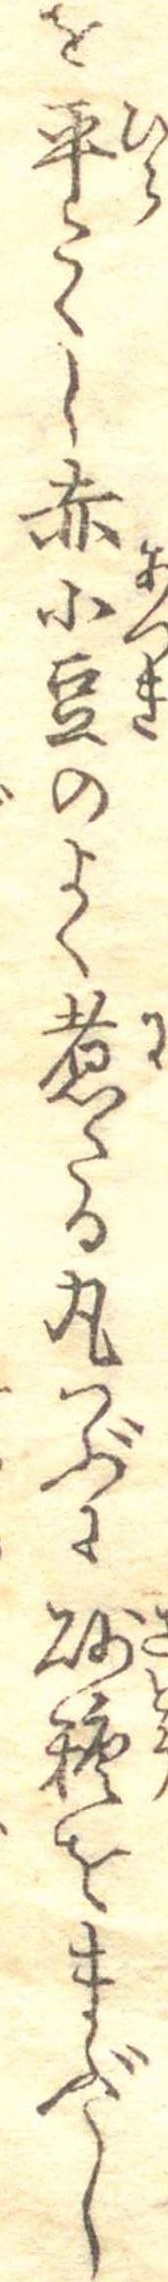
を平たくし赤小豆のよく煮たる丸つぶに砂糖をまぶし